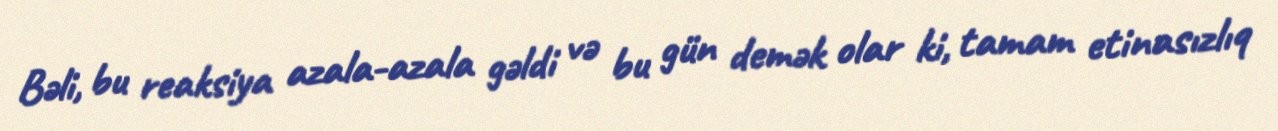
Bəli, bu reaksiya azala-azala gəldi və bu gün demək olar ki, tamam etinasızlıq